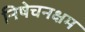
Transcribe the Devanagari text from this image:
निषेचनक्षम